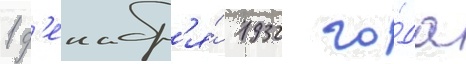
1 д'екабр'я́ 1932 го́да